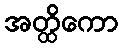
အတ္ထိကော